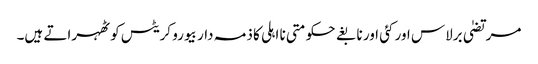
مرتضیٰ برلاس اور کئی اور نابغے حکومتی نا اہلی کا ذمہ دار بیورو کریٹس کو ٹھہراتے ہیں۔